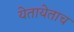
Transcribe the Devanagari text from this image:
येतायेताच